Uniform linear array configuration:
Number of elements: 4
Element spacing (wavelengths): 1
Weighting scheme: hamming
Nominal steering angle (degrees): -15
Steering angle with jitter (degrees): -16.833
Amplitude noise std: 0.05
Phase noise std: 0.05

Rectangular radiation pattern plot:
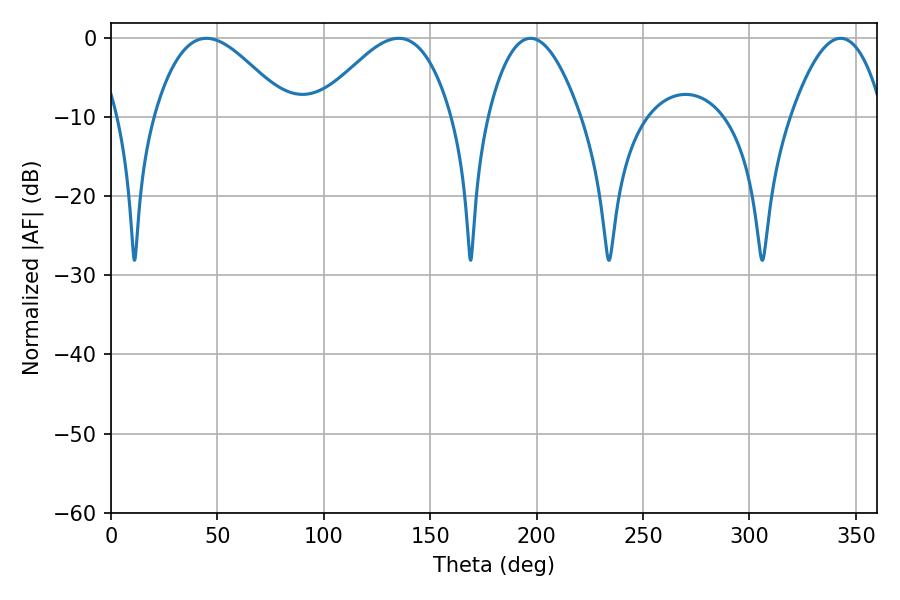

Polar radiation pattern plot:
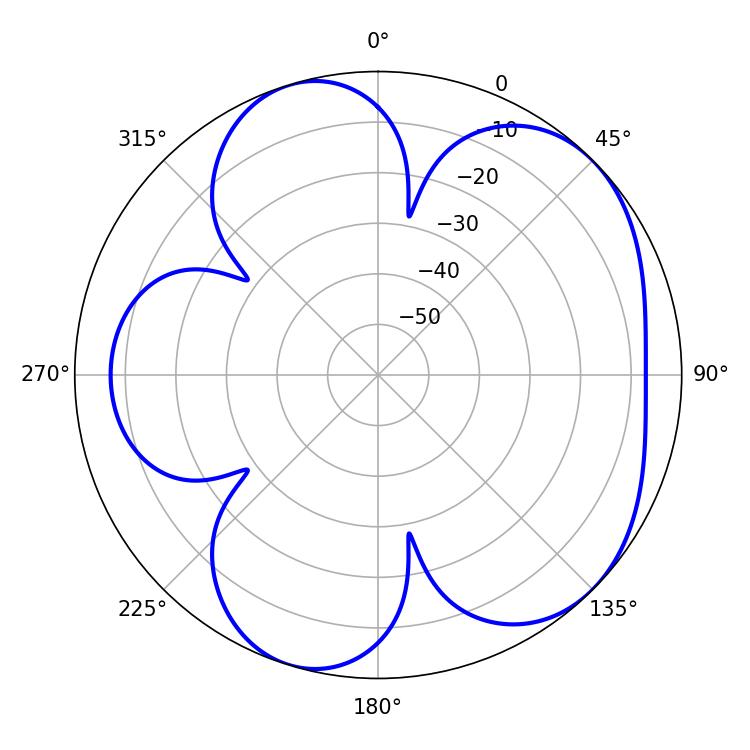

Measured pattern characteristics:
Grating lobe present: TRUE
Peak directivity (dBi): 5.334
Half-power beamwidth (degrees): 33.84
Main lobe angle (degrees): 44.82